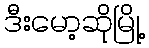
ဒီးမော့ဆိုမြို့